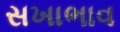
સખાભાવ